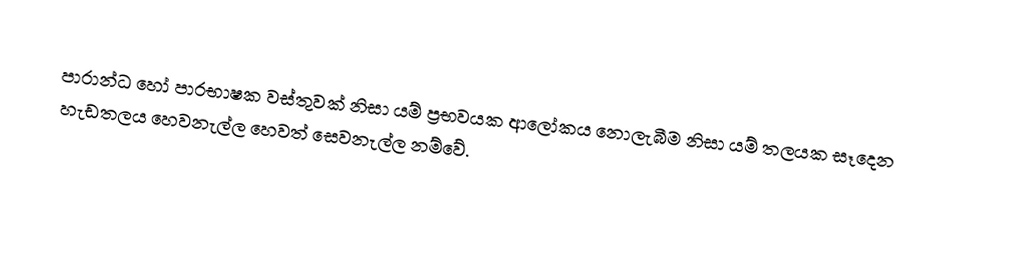
පාරාන්ධ හෝ පාරභාෂක වස්තුවක් නිසා යම් ප්‍රභවයක ආලෝකය නොලැබීම නිසා යම් තලයක සෑදෙන හැඩතලය හෙවනැල්ල  හෙවත් සෙවනැල්ල නම්වේ.